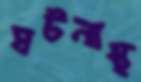
ঘটনাস্থ